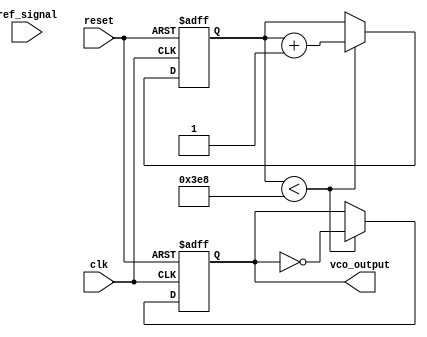
module sigma_delta_pll (
    input wire clk,              // Input clock
    input wire reset,            // Reset signal
    input wire ref_signal,       // Reference input signal
    output reg vco_output        // Output of VCO
);

// Parameters for the PLL
parameter N = 8;                // Oversampling factor
parameter DAC_BITS = 8;        // DAC resolution
parameter VCO_MAX_FREQ = 1000; // Maximum output frequency of VCO

// Internal signals
reg [N-1:0] phase_detector_out; // Phase detector output
reg [DAC_BITS-1:0] control_signal; // Control signal for DAC
wire analog_signal;              // Analog signal output from DAC
reg [N-1:0] integrator;         // Integrator for Sigma-Delta modulator
reg sigma_delta_out;            // Output of Sigma-Delta modulator
reg [7:0] vco_count;            // VCO frequency counter

// Phase Detector (simple XOR based for illustration)
always @(posedge clk or posedge reset) begin
    if (reset) begin
        phase_detector_out <= 0;
    end else begin
        phase_detector_out <= ref_signal ^ vco_output; // Simple phase comparison
    end
end

// Low-Pass Filter (RC Filter approximation)
always @(posedge clk or posedge reset) begin
    if (reset) begin
        control_signal <= 0;
    end else begin
        control_signal <= control_signal + (phase_detector_out >> 2); // Simple LPF
    end
end

// Sigma-Delta Modulator
always @(posedge clk or posedge reset) begin
    if (reset) begin
        integrator <= 0;
        sigma_delta_out <= 0;
    end else begin
        integrator <= integrator + control_signal;
        sigma_delta_out <= (integrator > (1 << (DAC_BITS - 1))) ? 1 : 0; // 1-bit output
    end
end

// Digital-to-Analog Converter (DAC)
assign analog_signal = {sigma_delta_out, {DAC_BITS-1{1'b0}}}; // Simple DAC output

// Voltage-Controlled Oscillator (VCO)
always @(posedge clk or posedge reset) begin
    if (reset) begin
        vco_count <= 0;
        vco_output <= 0;
    end else begin
        if (vco_count < (VCO_MAX_FREQ + analog_signal)) begin
            vco_count <= vco_count + 1;
            vco_output <= ~vco_output; // Toggle output to generate frequency
        end
    end
end

endmodule